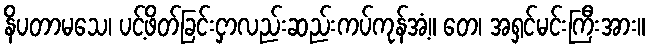
နိပတာမသေ၊ ပင့်ဖိတ်ခြင်းငှာလည်းဆည်းကပ်ကုန်အံ့။ တေ၊ အရှင်မင်းကြီးအား။